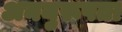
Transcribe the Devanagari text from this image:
अननुरूपता